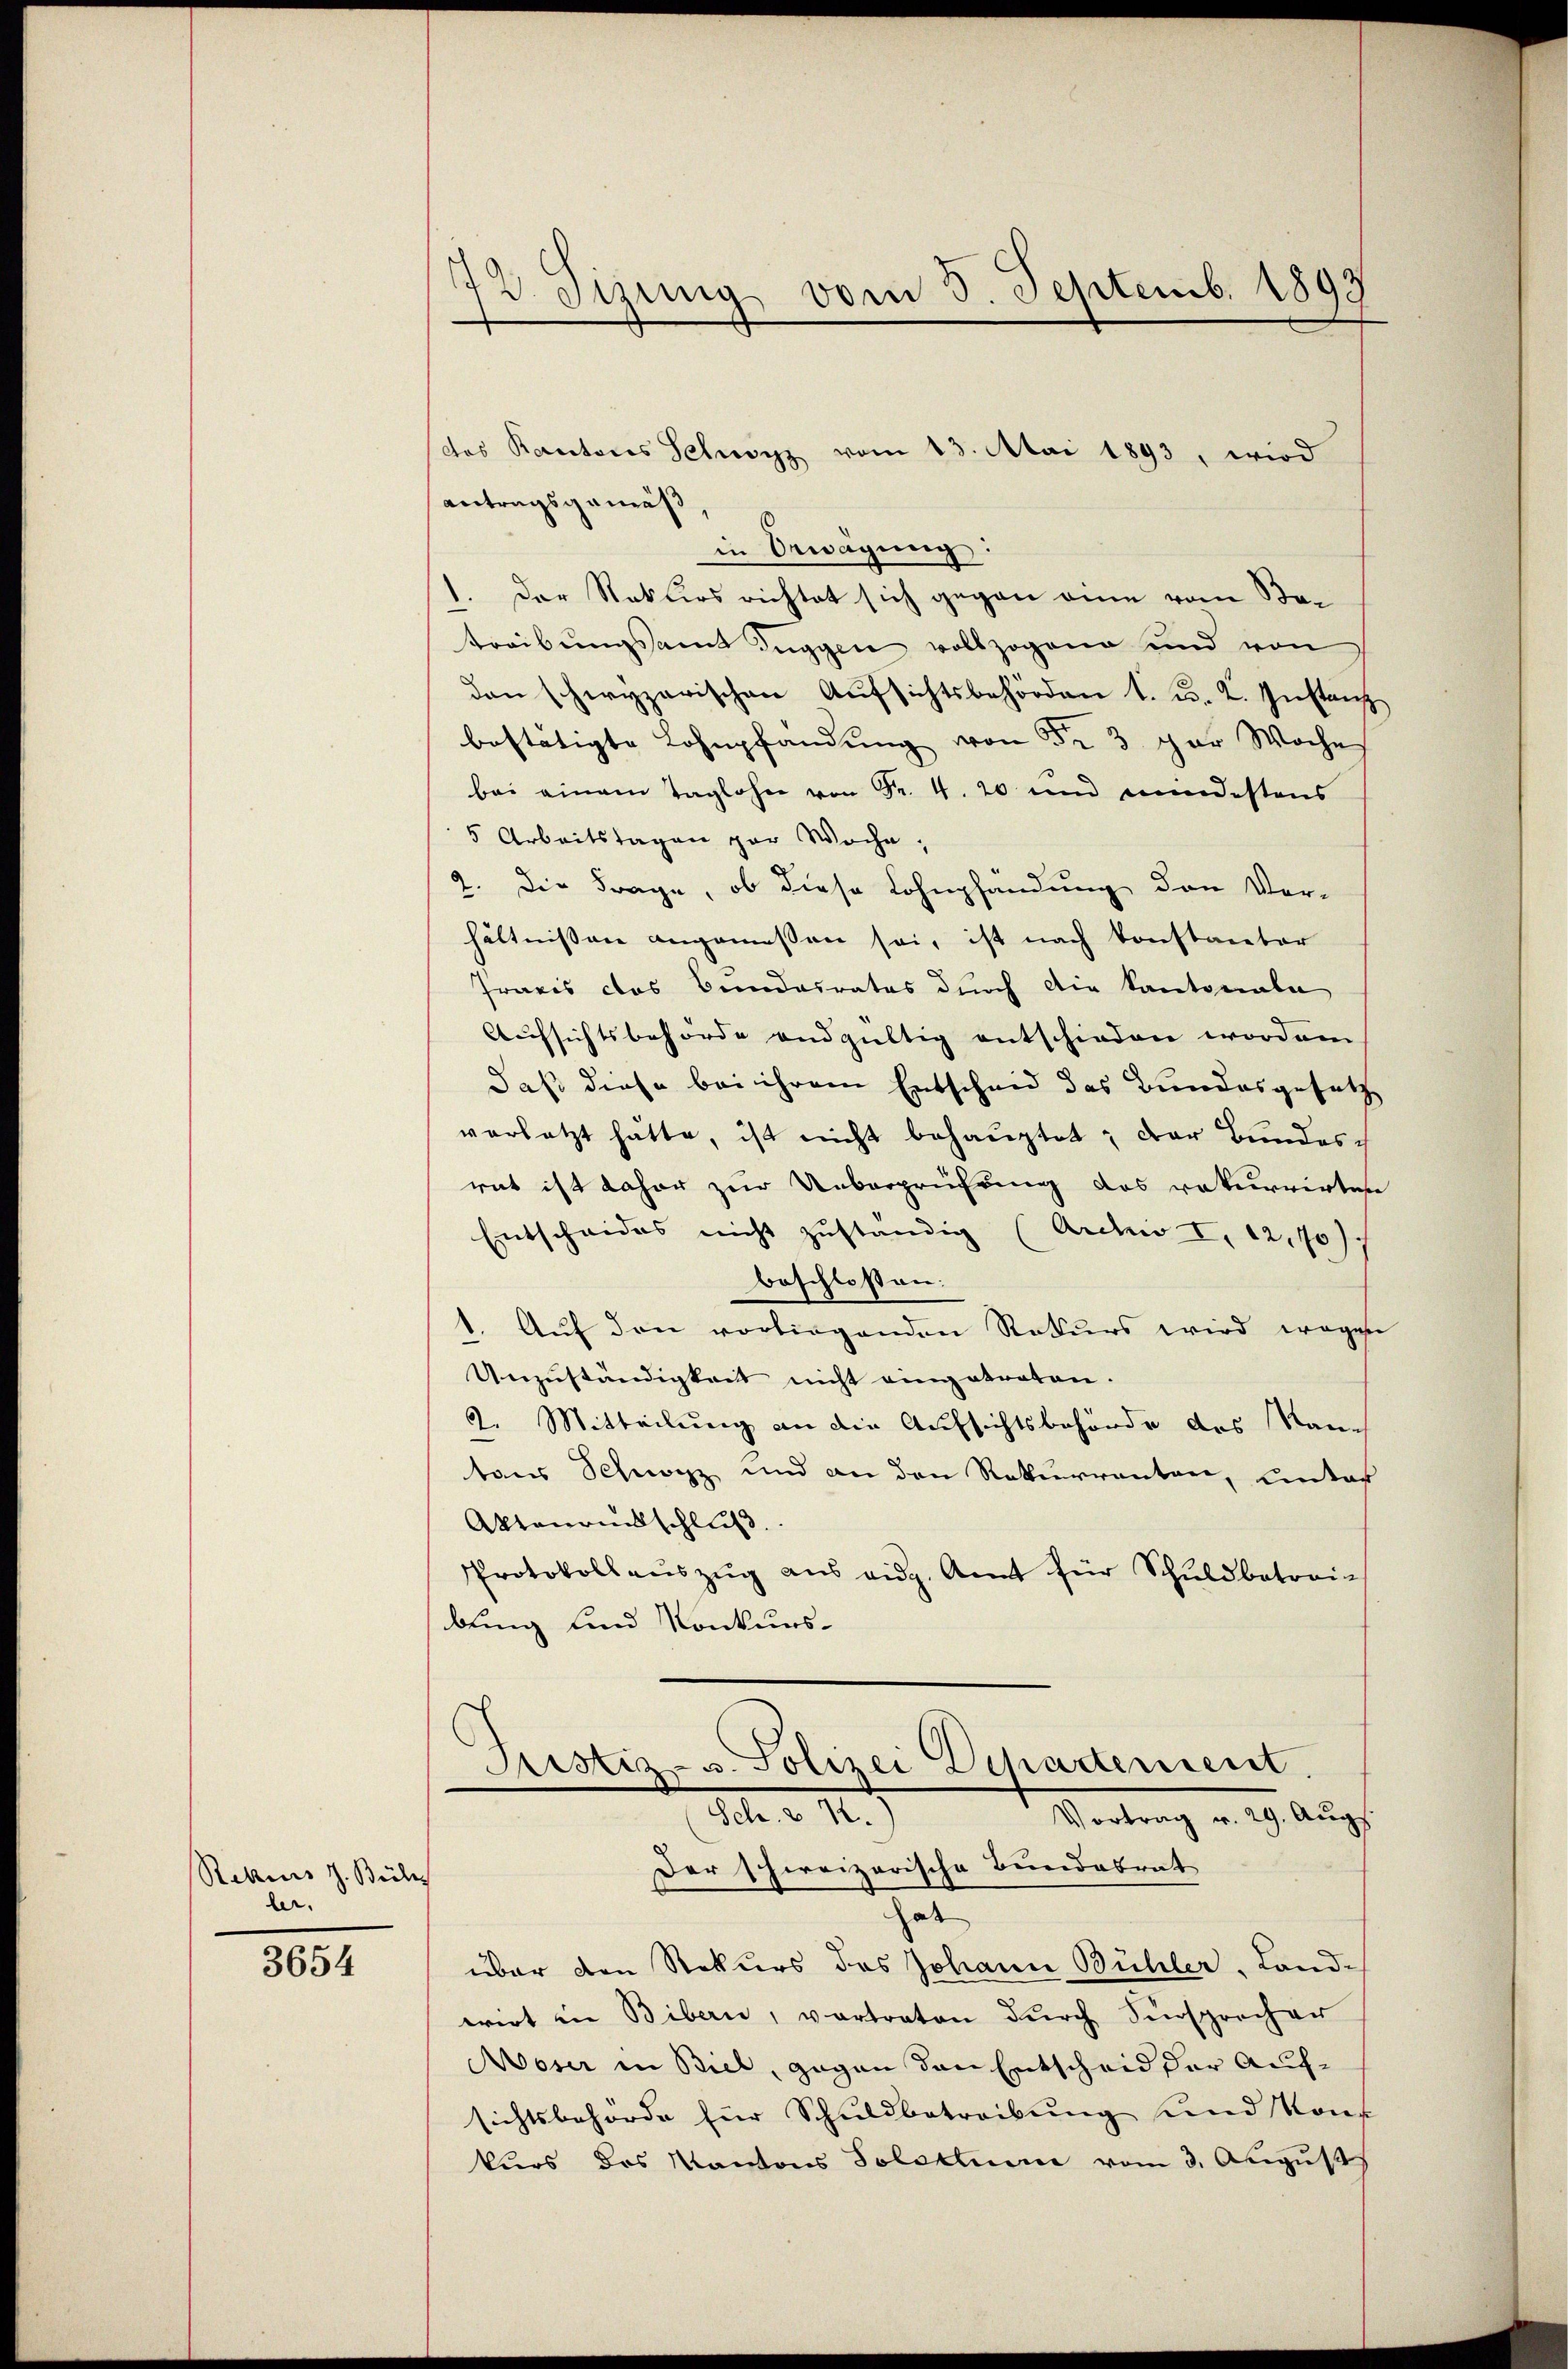
Rekurs z. Beiles
ler.

3654

72. Sizung vom 5. Septemb. 1893

das Kantons Schwyz vom 13. Mai 1893, wird
antragsgemäß
in Bewegung:
1. Der Naturs richtet sich gegen eine vom Betreibungsamt Zuggen vollzogene und von
dan schwyzerischen Aŭfsichtsbehörden 1. u. 2. Instanz
bestätigte Lohnpfändung von 523 par Woche
bei einem Taglohn von Fr. 4. 20 und mindestens
5 Arbeitstagen par Woche,
2. Die Frage, ob diese Lohnpfandung den Ver-
hältnissen angemessen sei, ist nach konstanter
Praxis das Bundesrates durch die kantonale
Aufsichtsbehörde endgültig entschieden worden
daß diese bei ihrem Entscheid des Bundesgesetz
verletzt hatte, ist nicht behauptet: Der Bundesrat ist daher zur Ueberprüfung des rekurrirten
Entscheides nicht zuständig (Archiv I, 12,70
beschlossen:
1. Auf den vorliegenden Rekurs wird wegen
Unzuständigkeit nicht eingetreten.
2. Mitteilung an die Aufsichtsbehörde des Rauch
tons Schnorz und an den Rekurrenten, unter
Aktenanschluß.
Protokollaŭszŭg ans eidg. Amt für Schŭldbetraie
bung und Konkurs-
Justiz- u. Polizei Departement.
Joh. v. 1.)
Vortrag v. 29. Augs
Der Schweizerische Bundebrat
hat
über den Rekurs des Johann Bühler, Land-
wirt in Bibern, vortraten dŭrch Fürsprecher
Moser in Biel, gegen den Entscheid der Aufsichtsbehörde für Schuldbetreibung und Konf
kurs das Kantons Polsteuere vom 3. August